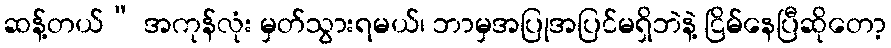
ဆန့်တယ်” အကုန်လုံး မှတ်သွားရမယ်၊ ဘာမှအပြုအပြင်မရှိဘဲနဲ့ ငြိမ်နေပြီဆိုတော့